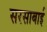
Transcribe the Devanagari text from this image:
सरसाबाई